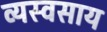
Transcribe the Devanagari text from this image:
व्यस्वसाय